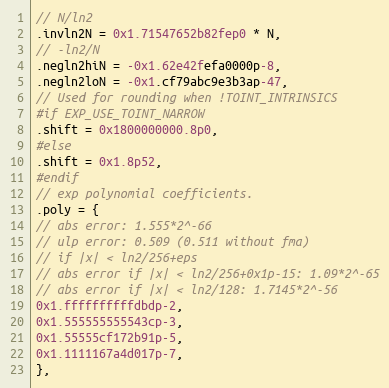
Language: C
// N/ln2
.invln2N = 0x1.71547652b82fep0 * N,
// -ln2/N
.negln2hiN = -0x1.62e42fefa0000p-8,
.negln2loN = -0x1.cf79abc9e3b3ap-47,
// Used for rounding when !TOINT_INTRINSICS
#if EXP_USE_TOINT_NARROW
.shift = 0x1800000000.8p0,
#else
.shift = 0x1.8p52,
#endif
// exp polynomial coefficients.
.poly = {
// abs error: 1.555*2^-66
// ulp error: 0.509 (0.511 without fma)
// if |x| < ln2/256+eps
// abs error if |x| < ln2/256+0x1p-15: 1.09*2^-65
// abs error if |x| < ln2/128: 1.7145*2^-56
0x1.ffffffffffdbdp-2,
0x1.555555555543cp-3,
0x1.55555cf172b91p-5,
0x1.1111167a4d017p-7,
},